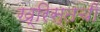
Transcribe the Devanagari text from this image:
ख्रिस्तची